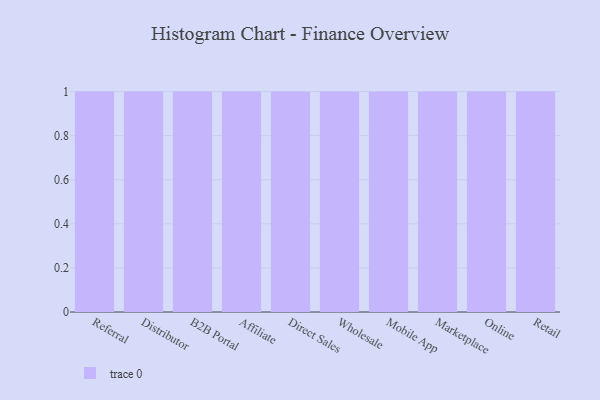
{"axis": {"x": "Channel", "y": "Net Income (USD K)"}, "legend": [""], "data": [{"x": "Referral", "y": 23, "type": ""}, {"x": "Distributor", "y": 57, "type": ""}, {"x": "B2B Portal", "y": 22, "type": ""}, {"x": "Affiliate", "y": 52, "type": ""}, {"x": "Direct Sales", "y": 90, "type": ""}, {"x": "Wholesale", "y": 30, "type": ""}, {"x": "Mobile App", "y": 1, "type": ""}, {"x": "Marketplace", "y": 6, "type": ""}, {"x": "Online", "y": 16, "type": ""}, {"x": "Retail", "y": 37, "type": ""}]}